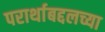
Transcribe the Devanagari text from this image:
परार्थाबद्दलच्या